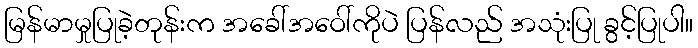
မြန်မာမှုပြုခဲ့တုန်းက အခေါ်အဝေါ်ကိုပဲ ပြန်လည် အသုံးပြု ခွင့်ပြုပါ။